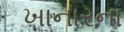
ખાનારના